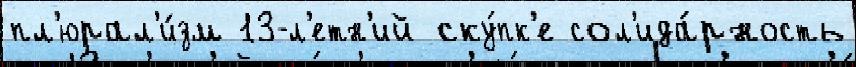
пл'юрал'и́зм 13-л'етн'ий ску́пк'е сол'ида́рность